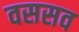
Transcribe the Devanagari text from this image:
वससव